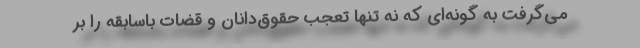
می‌گرفت به گونه‌ای که نه تنها تعجب حقوق‌دانان و قضات با‌سابقه را بر